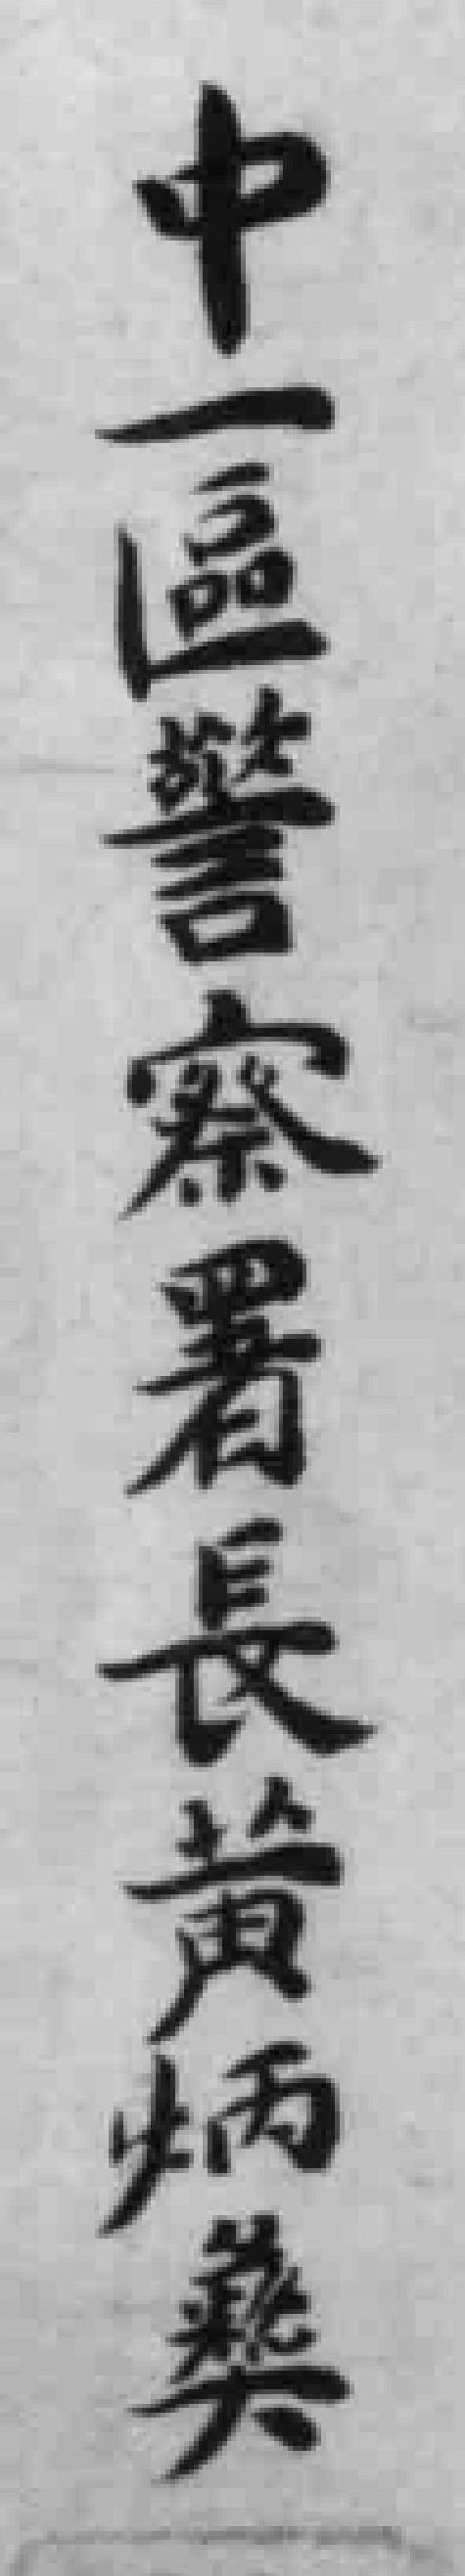
中一區警察署長黄炳彝